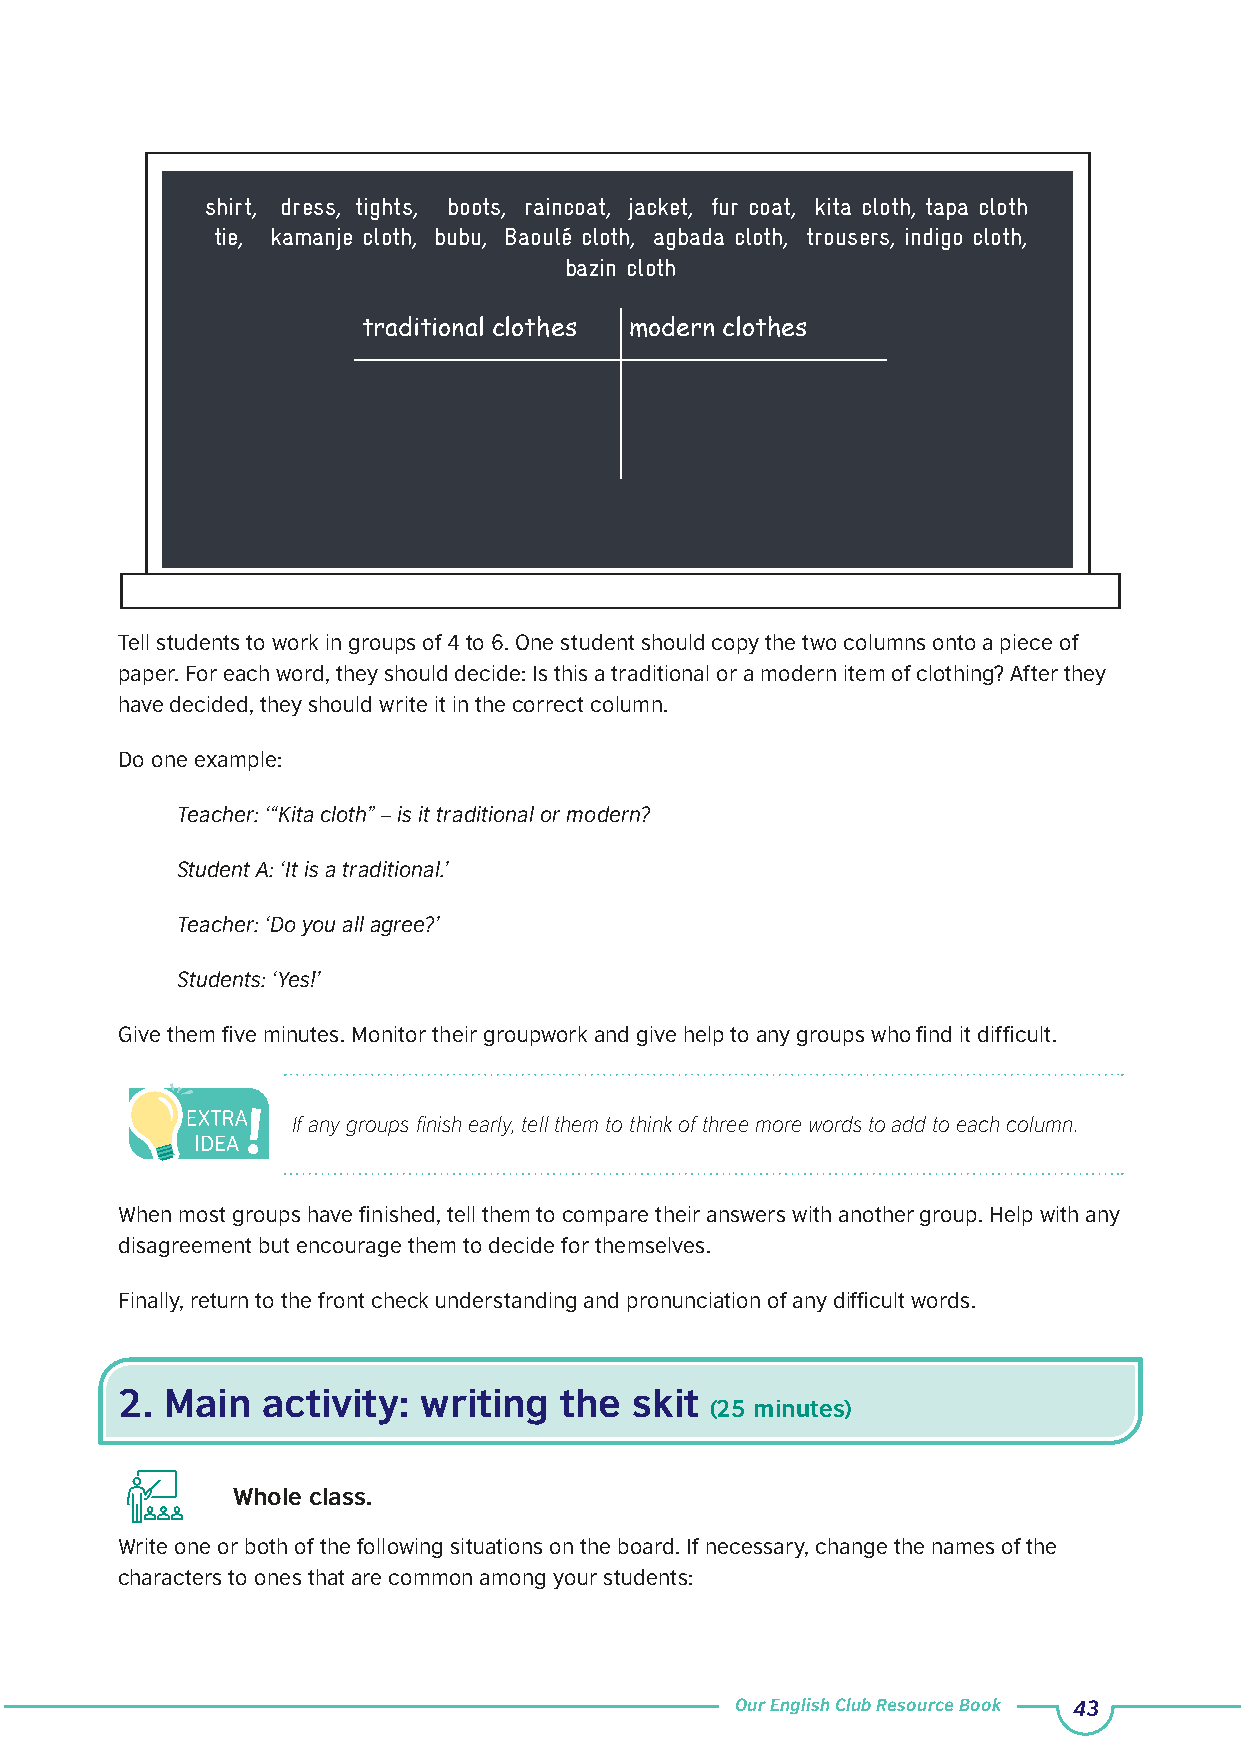
shirt, dress, tights, boots, raincoat, jacket, fur coat, kita cloth, tapa cloth
 tie, kamanje cloth, bubu, Baoulé cloth, agbada cloth, trousers, indigo cloth,
 bazin cloth
 traditional clothes modern clothes
 Tell students to work in groups of 4 to 6. One student should copy the two columns onto a piece of
 paper. For each word, they should decide: Is this a traditional or a modern item of clothing? After they
 have decided, they should write it in the correct column.
 Do one example:
 Teacher: ‘“Kita cloth” – is it traditional or modern?
 Student A: ‘It is a traditional.’
 Teacher: ‘Do you all agree?’
 Students: ‘Yes!’
 Give them five minutes. Monitor their groupwork and give help to any groups who find it difficult.
 If any groups finish early, tell them to think of three more words to add to each column.
 When most groups have finished, tell them to compare their answers with another group. Help with any
 disagreement but encourage them to decide for themselves.
 Finally, return to the front check understanding and pronunciation of any difficult words.
 2. Main  activity:  writing  the  skit
 (25 minutes)
 Whole class.
 Write one or both of the following situations on the board. If necessary, change the names of the
 characters to ones that are common among your students:
 Our English Club Resource Book 43